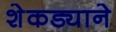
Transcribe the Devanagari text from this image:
शेकड्याने